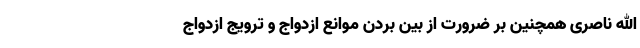
الله ناصری همچنین بر ضرورت از بین بردن موانع ازدواج و ترویج ازدواج